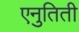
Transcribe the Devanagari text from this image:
एनुतिती